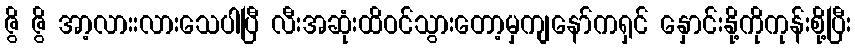
ဇွိ ဇွိ အာ့လားးလားသေပါပြီ လီးအဆုံးထိဝင်သွားတော့မှကျနော်ကရှင် နှောင်းနို့ကိုကုန်းစို့ပြီး